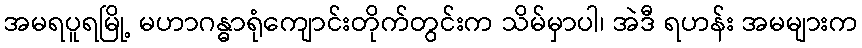
အမရပူရမြို့ မဟာဂန္ဓာရုံကျောင်းတိုက်တွင်းက သိမ်မှာပါ၊ အဲဒီ ရဟန်း အမများက